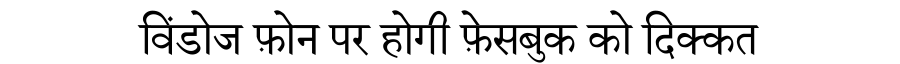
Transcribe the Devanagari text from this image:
विंडोज फ़ोन पर होगी फ़ेसबुक को दिक्कत